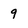
Character: 9